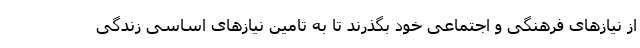
از نیازهای فرهنگی و اجتماعی خود بگذرند تا به تامین نیازهای اساسی زندگی